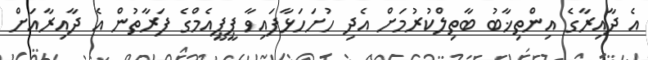
އެ ދާއިރާގެ އިންތިޚާބު ބާތިލްކުރުމަށް އެދި ހުށަހަޅާފައިވާ ޕީޕީއެމްގެ ފަރާތުން އެ ދާއިރާއަށް